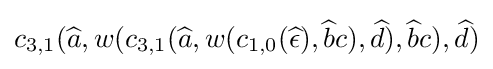
c_{3,1}({\widehat {a}},w(c_{3,1}({\widehat {a}},w(c_{1,0}({\widehat {\epsilon }}),{\widehat {b}}c),{\widehat {d}}),{\widehat {b}}c),{\widehat {d}})